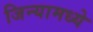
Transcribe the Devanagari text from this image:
जिन्यामध्ये